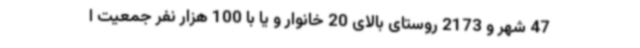
47 شهر و 2173 روستای بالای 20 خانوار و یا با 100 هزار نفر جمعیت ا